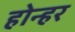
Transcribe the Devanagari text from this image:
होन्हर